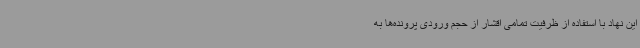
این نهاد با استفاده از ظرفیت تمامی اقشار از حجم ورودی پرونده‌ها به